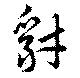
豺